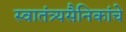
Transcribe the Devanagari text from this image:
स्वातंत्र्यसैनिकांचे